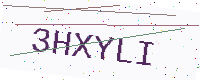
Text: 3HXYLI